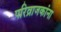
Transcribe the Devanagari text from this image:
परिव्राजकांना